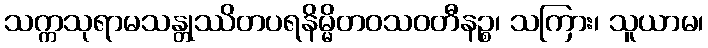
သက္ကသုရာမသန္တုဿိတပရနိမ္မိတဝသဝတီနဉ္စ၊ သကြား၊ သူယာမ၊